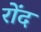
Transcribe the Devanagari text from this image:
रोंद